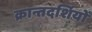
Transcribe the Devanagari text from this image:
क्रान्तदर्शियों